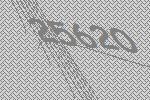
25620